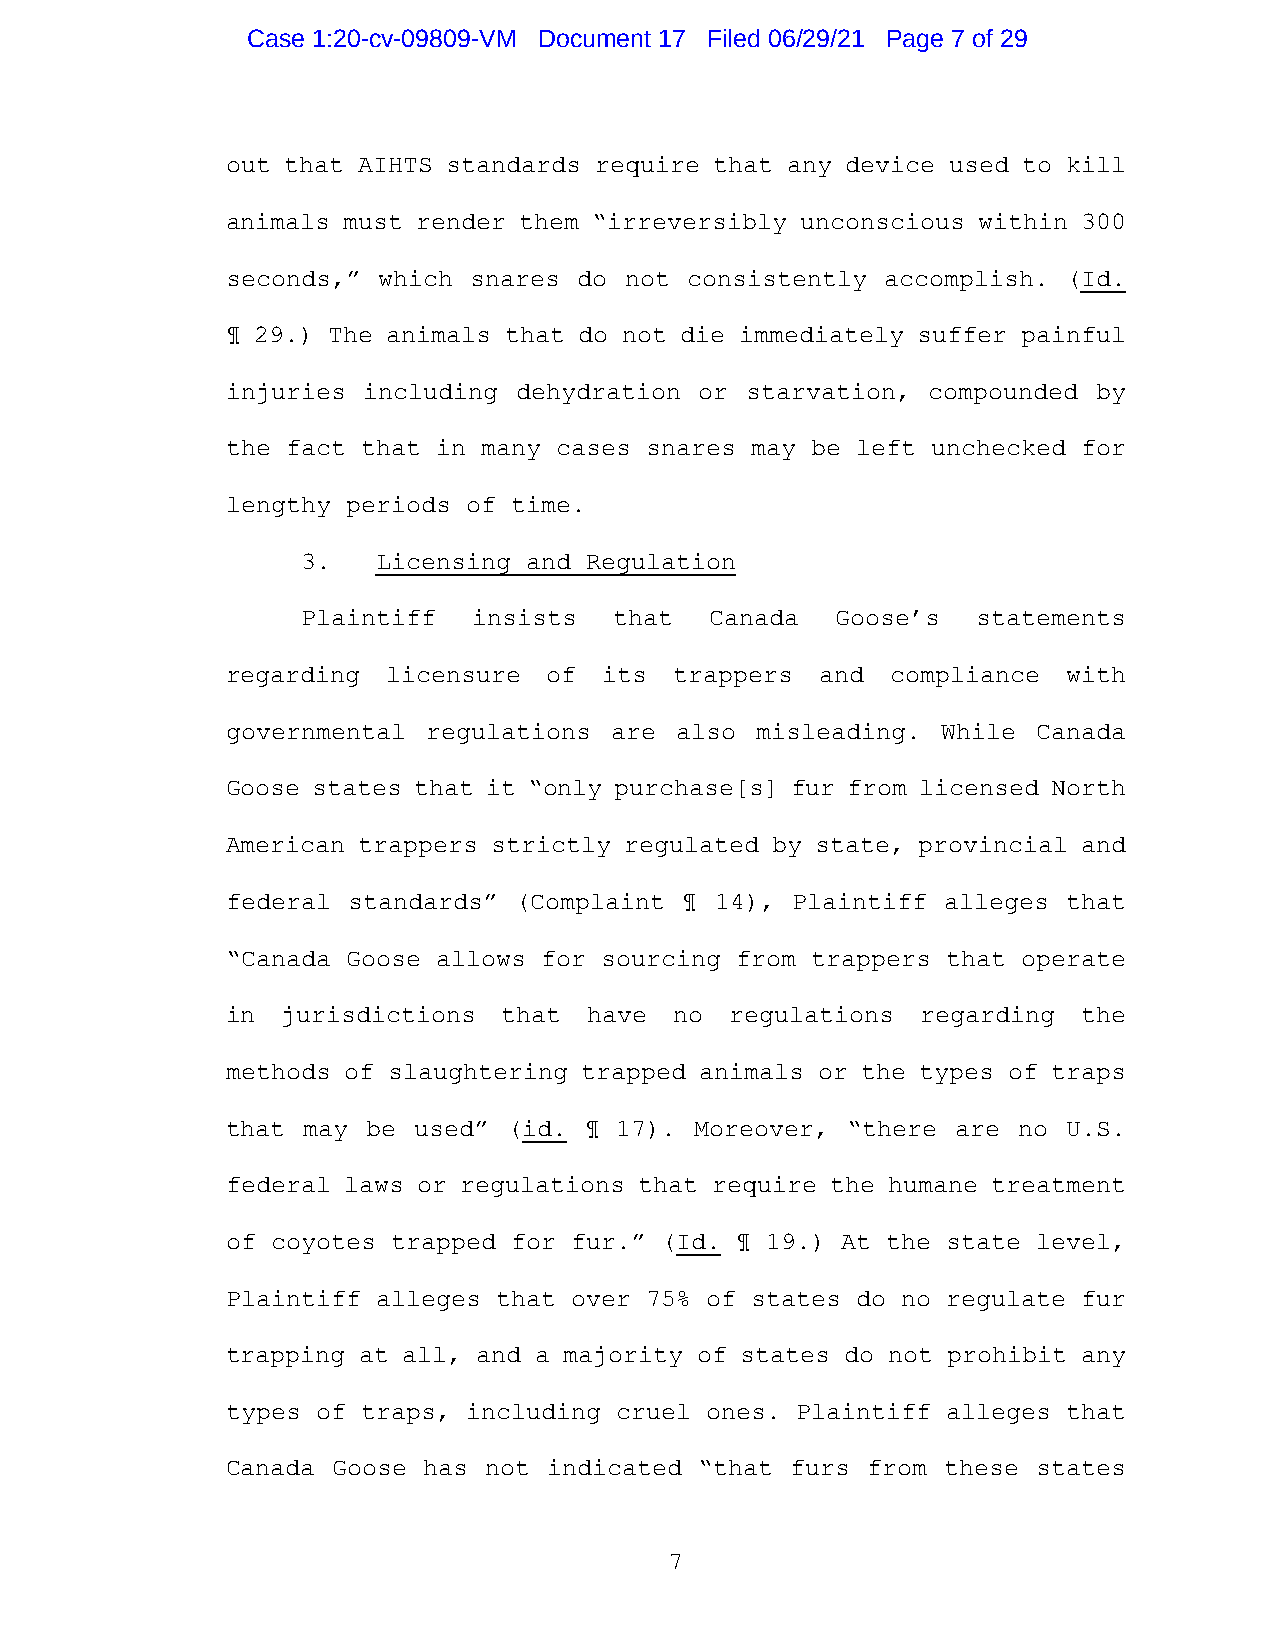
Case 1:20-cv-09809-VM Document 17 Filed 06/29/21 Page 7 of 29
 out that AIHTS standards require that any device used to kill
 animals must render them “irreversibly unconscious within 300
 seconds,” which snares do not consistently  accomplish. (Id.
 ¶ 29.) The animals that do not die immediately suffer painful
 injuries including dehydration or starvation, compounded  by
 the fact that in many cases snares may be left unchecked for
 lengthy periods of time.
 3.   Licensing and Regulation
 Plaintiff  insists   that  Canada  Goose’s   statements
 regarding  licensure of  its  trappers and  compliance  with
 governmental regulations are  also misleading. While  Canada
 Goose states that it “only purchase[s] fur from licensed North
 American trappers strictly regulated by state, provincial and
 federal standards” (Complaint ¶ 14), Plaintiff alleges  that
 “Canada Goose allows for sourcing from trappers that operate
 in  jurisdictions that  have  no regulations  regarding  the
 methods of slaughtering trapped animals or the types of traps
 that may be used”  (id. ¶ 17). Moreover, “there are no  U.S.
 federal laws or regulations that require the humane treatment
 of coyotes trapped for fur.” (Id. ¶ 19.) At the state level,
 Plaintiff alleges that over 75% of states do no regulate fur
 trapping at all, and a majority of states do not prohibit any
 types of traps, including cruel ones. Plaintiff alleges that
 Canada Goose has not indicated “that furs from  these states
 7